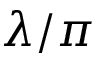
\lambda / \pi